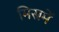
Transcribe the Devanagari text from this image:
मिस्रमें